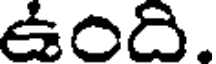
ఉంది.